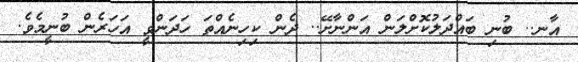
އާނ.. ބުނި ބައްދަލުކޮށްލަން އަންނާށޭ.. ދެން ކިހިނެއްތަ ހަދަންވީ އަހަރެން ބުނީމެވެ.